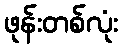
ဖုန်းတစ်လုံး